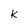
Character: k